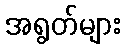
အရွတ်များ